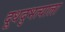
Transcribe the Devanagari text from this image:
दूधदुभत्याला